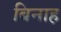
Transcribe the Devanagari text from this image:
बिनाह